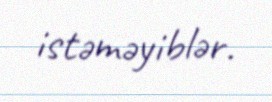
istəməyiblər.